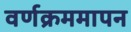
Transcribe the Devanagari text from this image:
वर्णक्रममापन